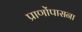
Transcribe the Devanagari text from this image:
प्राणोंपासना